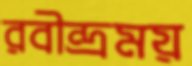
রবীন্দ্রময়